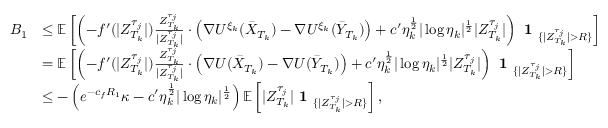
\begin{array} { r l } { B _ { 1 } } & { \leq \mathbb { E } \left[ \left( - f ^ { \prime } ( | Z _ { T _ { k } } ^ { \tau _ { j } } | ) \frac { Z _ { T _ { k } } ^ { \tau _ { j } } } { | Z _ { T _ { k } } ^ { \tau _ { j } } | } \cdot \left( \nabla U ^ { \xi _ { k } } ( \bar { X } _ { T _ { k } } ) - \nabla U ^ { \xi _ { k } } ( \bar { Y } _ { T _ { k } } ) \right) + c ^ { \prime } \eta _ { k } ^ { \frac { 1 } { 2 } } | \log \eta _ { k } | ^ { \frac { 1 } { 2 } } | Z _ { T _ { k } } ^ { \tau _ { j } } | \right) \textbf { 1 } _ { \{ | Z _ { T _ { k } } ^ { \tau _ { j } } | > R \} } \right] } \\ & { = \mathbb { E } \left[ \left( - f ^ { \prime } ( | Z _ { T _ { k } } ^ { \tau _ { j } } | ) \frac { Z _ { T _ { k } } ^ { \tau _ { j } } } { | Z _ { T _ { k } } ^ { \tau _ { j } } | } \cdot \left( \nabla U ( \bar { X } _ { T _ { k } } ) - \nabla U ( \bar { Y } _ { T _ { k } } ) \right) + c ^ { \prime } \eta _ { k } ^ { \frac { 1 } { 2 } } | \log \eta _ { k } | ^ { \frac { 1 } { 2 } } | Z _ { T _ { k } } ^ { \tau _ { j } } | \right) \textbf { 1 } _ { \{ | Z _ { T _ { k } } ^ { \tau _ { j } } | > R \} } \right] } \\ & { \leq - \left( e ^ { - c _ { f } R _ { 1 } } \kappa - c ^ { \prime } \eta _ { k } ^ { \frac { 1 } { 2 } } | \log \eta _ { k } | ^ { \frac { 1 } { 2 } } \right) \mathbb { E } \left[ | Z _ { T _ { k } } ^ { \tau _ { j } } | \textbf { 1 } _ { \{ | Z _ { T _ { k } } ^ { \tau _ { j } } | > R \} } \right] , } \end{array}